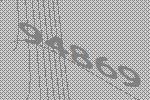
94869